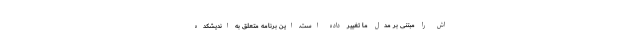
اش را مبتنی بر مدل ما تغییر داده است. این برنامه متعلق به اندیشکده